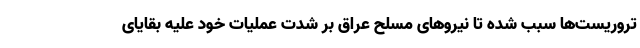
تروریست‌ها سبب شده تا نیروهای مسلح عراق بر شدت عملیات خود علیه بقایای